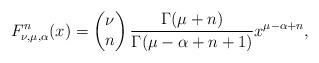
LaTeX: \begin{align*}F^n_{\nu,\mu,\alpha} (x) = \begin{pmatrix} \nu \cr n\end{pmatrix}\frac{\Gamma(\mu+n)}{\Gamma(\mu-\alpha+n+1)}x^{\mu-\alpha+n},\end{align*}